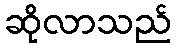
ဆိုလာသည်